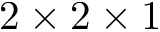
2 \times 2 \times 1